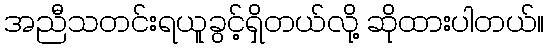
အညီသတင်းရယူခွင့်ရှိတယ်လို့ ဆိုထားပါတယ်။